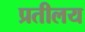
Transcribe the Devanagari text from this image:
प्रतीलय